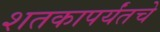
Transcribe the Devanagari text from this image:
शतकापर्यंतचे